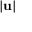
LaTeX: | \mathbf { u } |